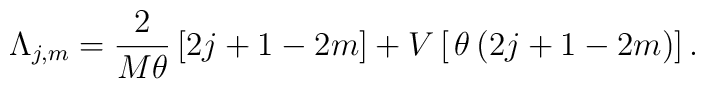
\Lambda_{j,m} = \frac{2}{M \theta} \left[ 2j+1-2m \right]+ V \left[ \,\theta \, (2j+1-2m)\right].